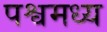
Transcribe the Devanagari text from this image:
पश्वमध्य